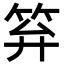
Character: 笲